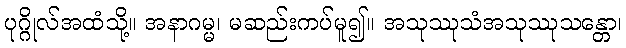
ပုဂ္ဂိုလ်အထံသို့။ အနာဂမ္မ၊ မဆည်းကပ်မူ၍။ အသုဿုသံအသုဿုသန္တော၊